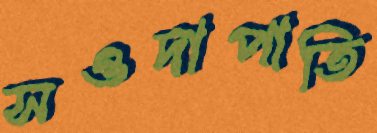
সওদাপাতি